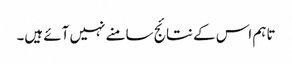
تاہم اس کے نتائج سامنے نہیں آئے ہیں۔